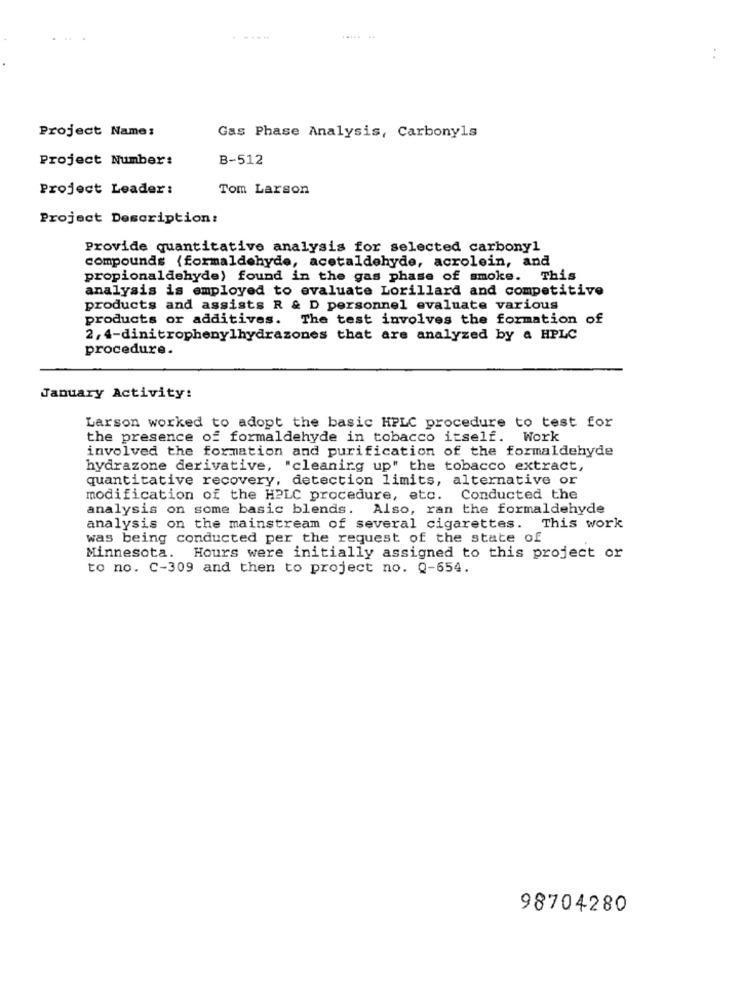
.....
Project Name:
Gas Phase Analysis, Carbonyls
Project Number:
B-512
Project Leader:
Tom Larson
Project Description:
Provide quantitative analysis for selected carbonyl
compounds (formaldehyde, acetaldehyde, acrolein, and
propionaldehyde) found in the gas phase of smoke. This
analysis is employed to evaluate Lorillard and competitive
products and assists R & D personnel evaluate various
products or additives. The test involves the formation of
2, 4-dinitrophenylhydrazones that are analyzed by a HPLC
procedure.
January Activity:
Larson worked to adopt the basic HPLC procedure to test for
the presence of formaldehyde in tobacco itself. Work
involved the formation and purification of the formaldehyde
hydrazone derivative, "cleaning up" the tobacco extract,
quantitative recovery, detection limits, alternative or
modification of the HPLC procedure, etc. Conducted the
analysis on some basic blends. Also, ran the formaldehyde
analysis on the mainstream of several cigarettes. This work
was being conducted per the request of the state of
Minnesota. Hours were initially assigned to this project or
to no. C-309 and then to project no. Q-654.
98704280